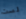
لست